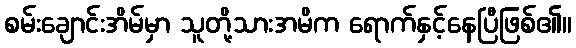
စမ်းချောင်းအိမ်မှာ သူတို့သားအမိက ရောက်နှင့်နေပြီဖြစ်၏။